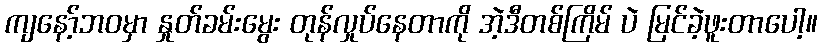
ကျနော့်ဘဝမှာ နှုတ်ခမ်းမွေး တုန်လှုပ်နေတာကို အဲ့ဒီတစ်ကြိမ် ပဲ မြင်ခဲ့ဖူးတာပေါ့။